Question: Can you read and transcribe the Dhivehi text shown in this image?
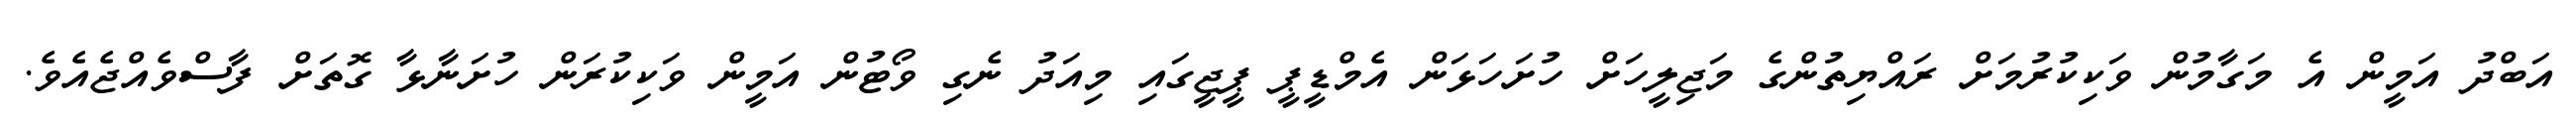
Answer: އަބްދު އަމީން އެ މަގާމުން ވަކިކުރުމަށް ރައްޔިތުންގެ މަޖިލީހަށް ހުށަހަޅަން އެމްޑީޕީ ޕީޖީގައި މިއަދު ނެގި ވޯޓުން އަމީން ވަކިކުރަން ހުށަނާޅާ ގޮތަށް ފާސްވެއްޖެއެވެ.